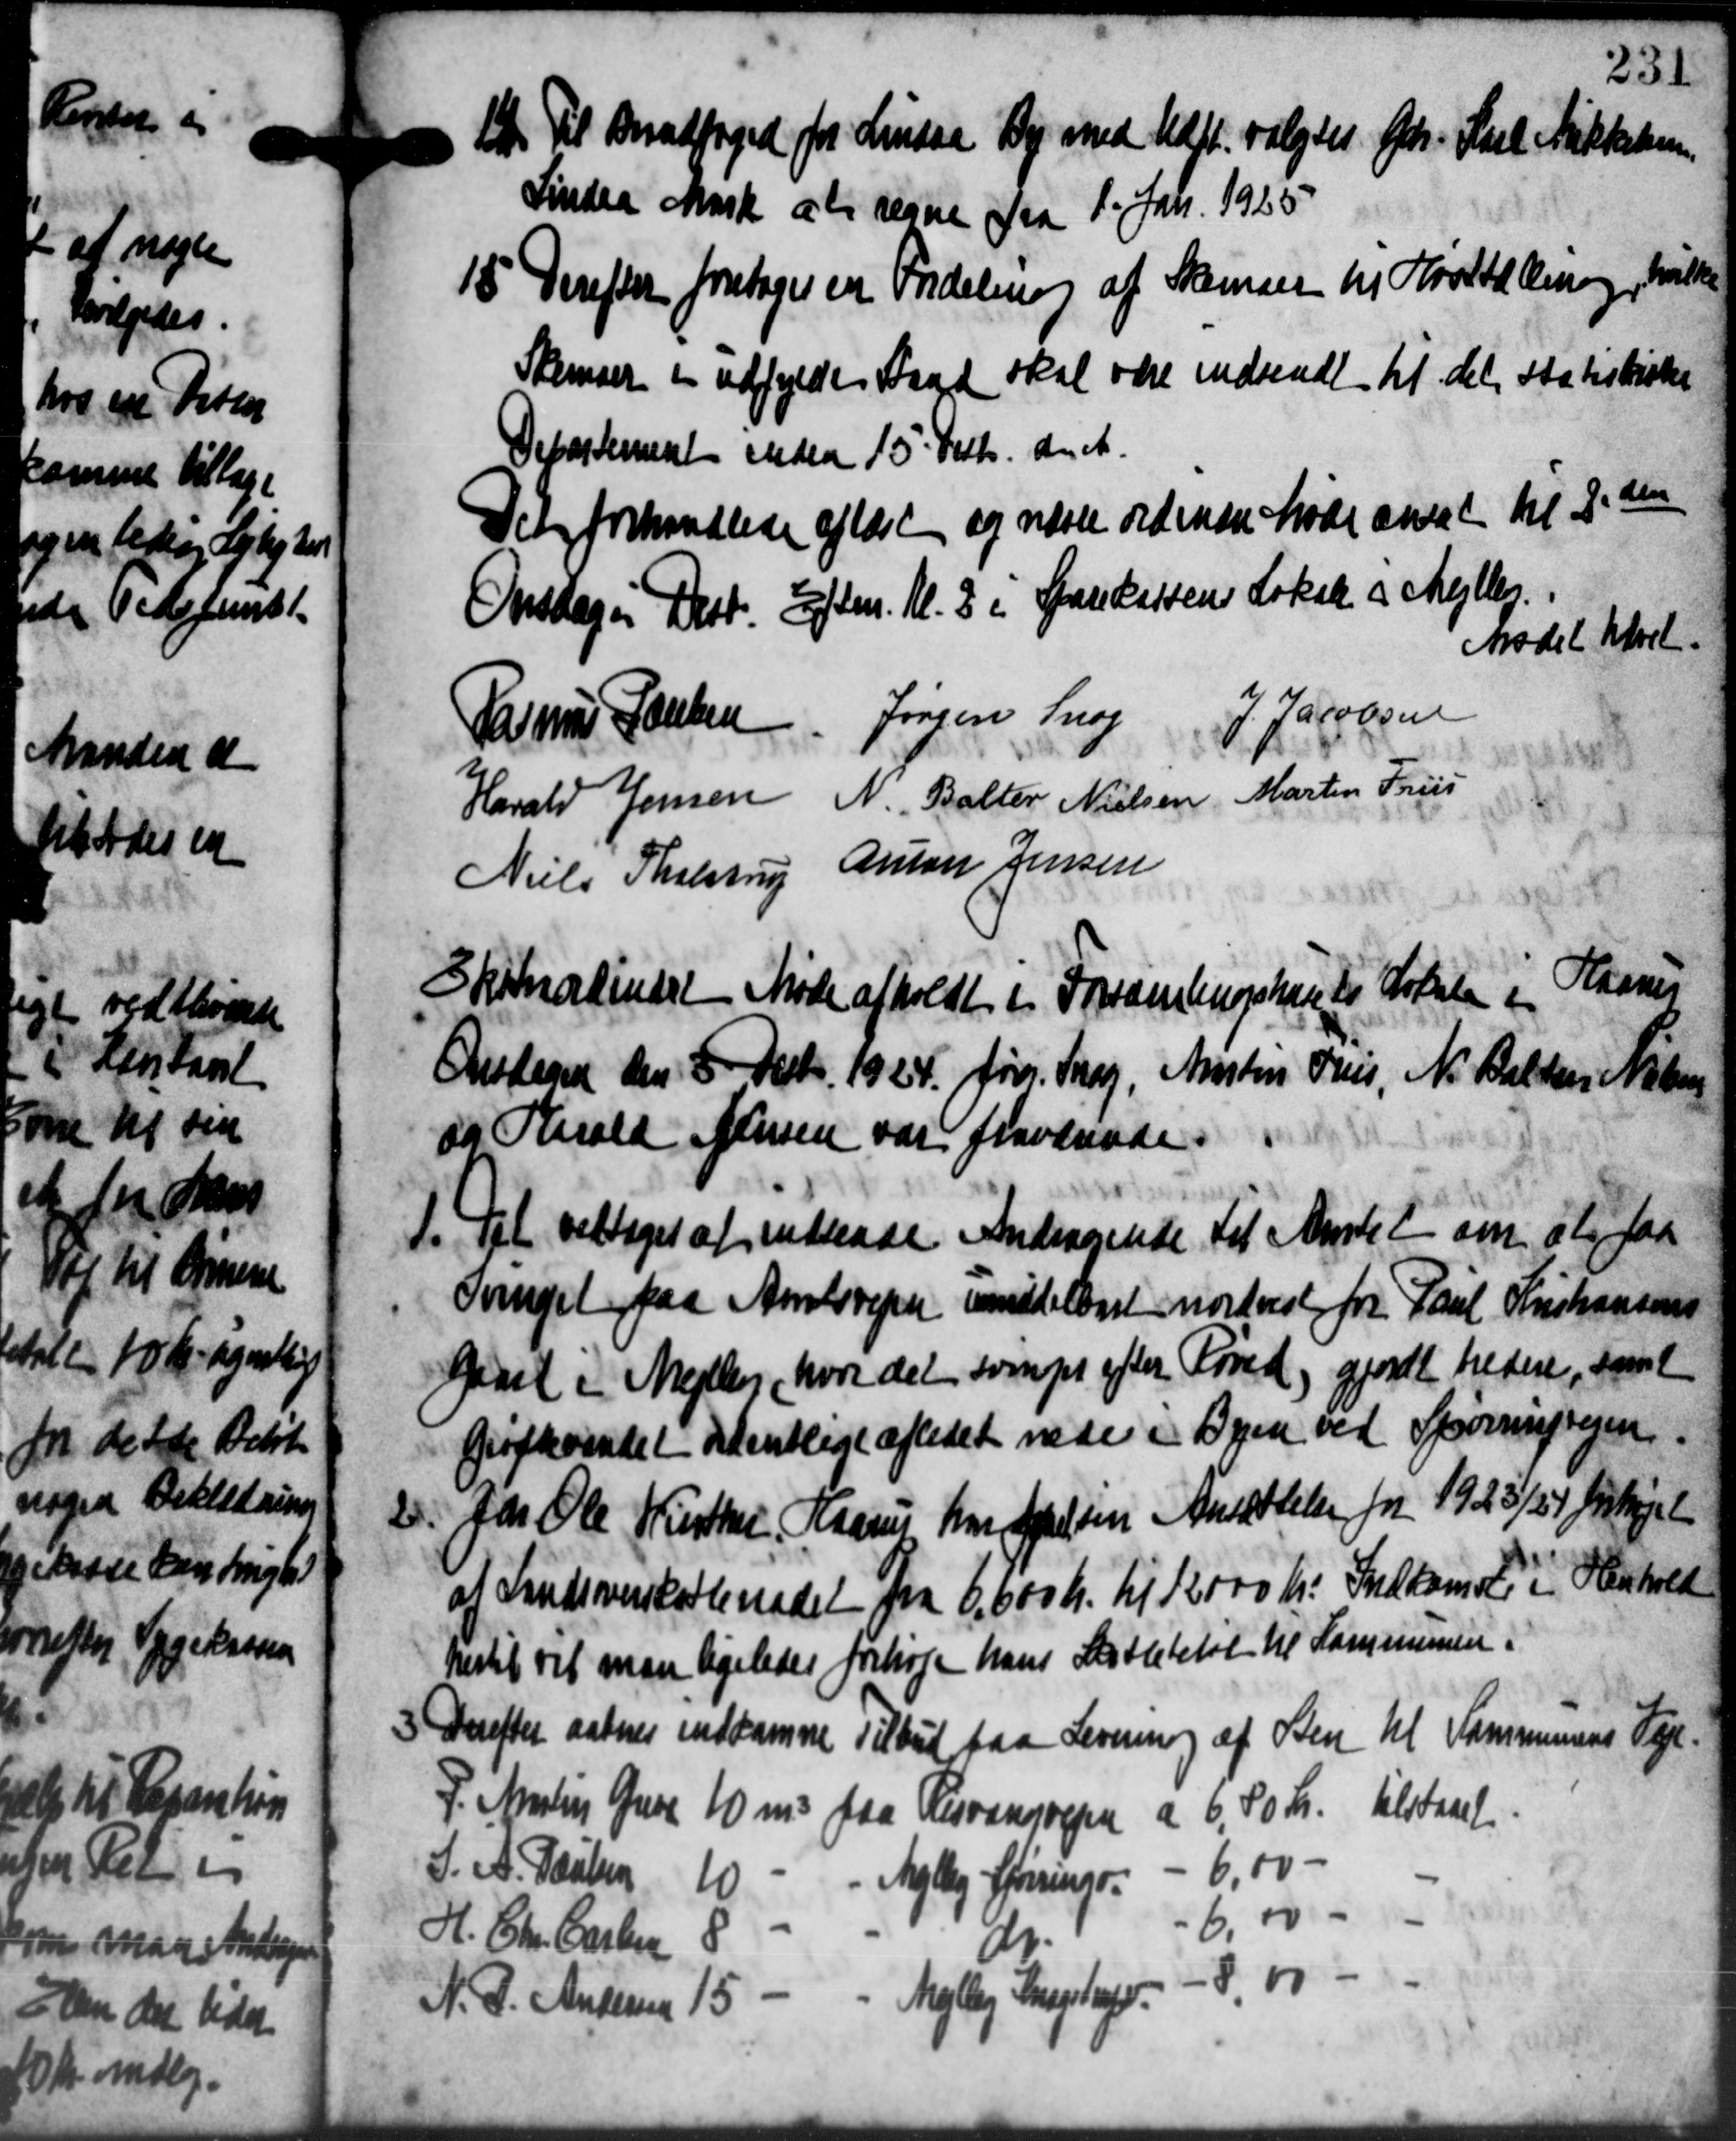
Transskription:
t. til Bradfoged for Lindaa By med Udst. valgtes Gdr. Karl Sikkelen
 t. til Bradfoged for Lindaa By med Udst. valgtes Gdr. Karl Sikkelen
Lindaa Mark at regne fra 1. Jan. 1925
15. Derefter foretoges en Fredeling af Skemaer til Hjortalering, hvilke
15. Derefter foretoges en Fredeling af Skemaer til Hjortalering, hvilke
Skemaer i udfylde Stand skal være indsendt til det statistiske
Departement inden 15 Febr. d. A.
Det forhandlede afløst og næste ordinære Møde ansat til 2 den
Onsdagen Dest. Eftm. Kl. 3 i Sparekassens Lokale i Mejlby.
Mødet hævet
P. Jacobsen
Rasmus Jensen Jørgen Snog
Harald Jensen N. Balter Nielsen Martin Friis
Niels Tholstrup Anton Jensen
Kaanes
Skrmorkindet Møde afholdt i Forsamlingshus til Lokale i
Onsdagen den 8 Decbr. 1924. Jørg. Snog, Anstein Oves, N. Balken Nøben
og Harald Jensen var fraværende
1. Det vedtoges at indsende Andragende til Amtet om at faa
1. Det vedtoges at indsende Andragende til Amtet om at faa
Overiget paa Amtsvejen meddelaget nordvest for Paul Kristiansens
Gast i Mejlby, hvor det som pr efter Fored, gjordt tredere, samt
Grøftevindet samtlige aftedet vede i Byen ved Spørringvejen.

2. Chr. Ole Kirther, Haanu har Apelsen Ansættelse for 1925/24 forhøjel
af Sandiverskatteradet fra 6.600 Kr. til 12000 Kr. Indkomst i Henhold
hertil vil man ligeledes forhøje hans Skattebeløb til Kommunen.
3. Derefter aabnes indkomne Tilbud paa Levering af Sten til Kommunens Veje.
3. Derefter aabnes indkomne Tilbud paa Levering af Sten til Kommunens Veje.
P. Antin Greve 10 m3 paa Risvangvejen a 6,80 Kr. tilstaaet
6,00 -
S. A. Poulsen 10 - - Mejlby førings-
6.00
H. Chr. Carle 8
do.
8.00
Mejlby Sygebygd.
N. P. Andersen 15